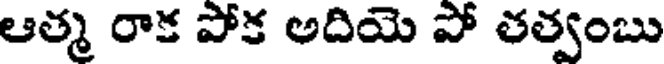
ఆత్మ రాక పోక అదియె పో తత్వంబు